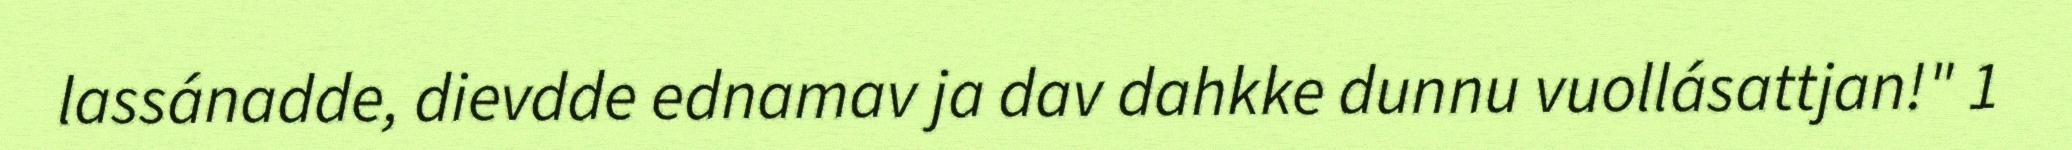
lassánadde, dievdde ednamav ja dav dahkke dunnu vuollásattjan!" 1